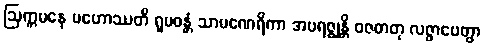
ဩက္ကမနေ ပဟောဿတိ ရူပဝန္တံ သာမဏေရိကာ အပရဇ္ဈန္တိ ဝဇဓာတု လဇ္ဇာပေတွာ